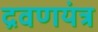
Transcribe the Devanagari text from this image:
द्रवणयंत्र